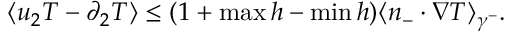
\begin{array} { r } { \langle u _ { 2 } T - \partial _ { 2 } T \rangle \leq ( 1 + \operatorname* { m a x } h - \operatorname* { m i n } h ) \langle n _ { - } \cdot \nabla T \rangle _ { \gamma ^ { - } } . } \end{array}